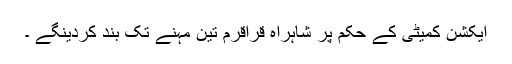
ایکشن کمیٹی کے حکم پر شاہراہ قراقرم تین مہنے تک بند کردینگے ۔